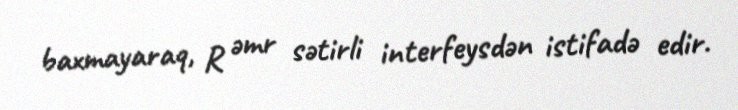
baxmayaraq, R əmr sətirli interfeysdən istifadə edir.